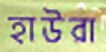
হাউরা